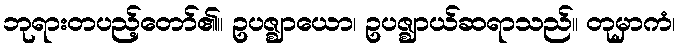
ဘုရားတပည့်တော်၏။ ဥပဇ္ဈာယော၊ ဥပဇ္ဈာယ်ဆရာသည်။ တုမှာကံ၊